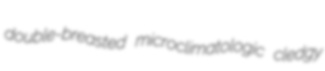
double-breasted microclimatologic cledgy